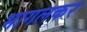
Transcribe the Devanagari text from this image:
भागलकर